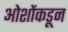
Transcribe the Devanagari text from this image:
ओशोंकडून